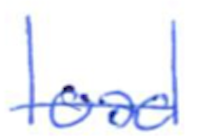
Text: load
Cross-out: mix
Writing tool: ballpoint